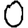
Digit: 0